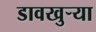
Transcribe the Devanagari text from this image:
डावखुऱ्या